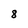
Character: 8